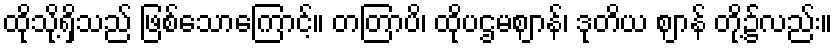
ထိုသို့ရှိသည် ဖြစ်သောကြောင့်။ တတြာပိ၊ ထိုပဌမဈာန်၊ ဒုတိယ ဈာန် တို့၌လည်း။